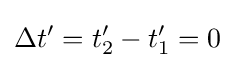
\Delta t'=t_{2}^{\prime }-t_{1}^{\prime }=0